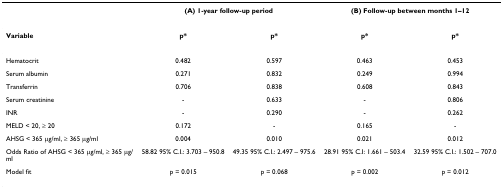
<table><thead><tr><td></td><td colspan="2"><b>(A) 1-year follow-up period</b></td><td colspan="2"><b>(B) Follow-up between months 1–12</b></td></tr></thead><tbody><tr><td><b>Variable</b></td><td><b>p*</b></td><td><b>p*</b></td><td><b>p*</b></td><td><b>p*</b></td></tr><tr><td>Hematocrit</td><td>0.482</td><td>0.597</td><td>0.463</td><td>0.453</td></tr><tr><td>Serum albumin</td><td>0.271</td><td>0.832</td><td>0.249</td><td>0.994</td></tr><tr><td>Transferrin</td><td>0.706</td><td>0.838</td><td>0.608</td><td>0.843</td></tr><tr><td>Serum creatinine</td><td>-</td><td>0.633</td><td>-</td><td>0.806</td></tr><tr><td>INR</td><td>-</td><td>0.290</td><td>-</td><td>0.262</td></tr><tr><td>MELD &lt; 20, ≥ 20</td><td>0.172</td><td>-</td><td>0.165</td><td>-</td></tr><tr><td>AHSG &lt; 365 μg/ml, ≥ 365 μg/ml</td><td>0.004</td><td>0.010</td><td>0.021</td><td>0.012</td></tr><tr><td>Odds Ratio of AHSG &lt; 365 μg/ml, ≥ 365 μg/ml</td><td>58.82 95% C.I.: 3.703 – 950.8</td><td>49.35 95% C.I.: 2.497 – 975.6</td><td>28.91 95% C.I: 1.661 – 503.4</td><td>32.59 95% C.I.: 1.502 – 707.0</td></tr><tr><td>Model fit</td><td>p = 0.015</td><td>p = 0.068</td><td>p = 0.002</td><td>p = 0.012</td></tr></tbody></table>